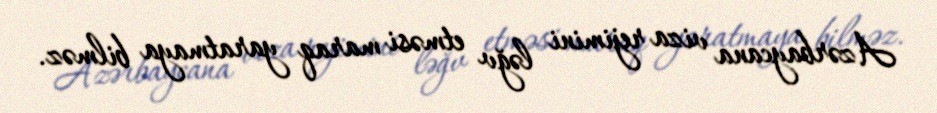
Azərbaycana viza rejimini ləğv etməsi maraq yaratmaya bilməz.